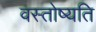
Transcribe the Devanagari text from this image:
वस्तोष्यति